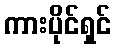
ကားပိုင်ရှင်